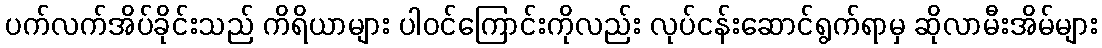
ပက်လက်အိပ်ခိုင်းသည် ကိရိယာများ ပါဝင်ကြောင်းကိုလည်း လုပ်ငန်းဆောင်ရွက်ရာမှ ဆိုလာမီးအိမ်များ